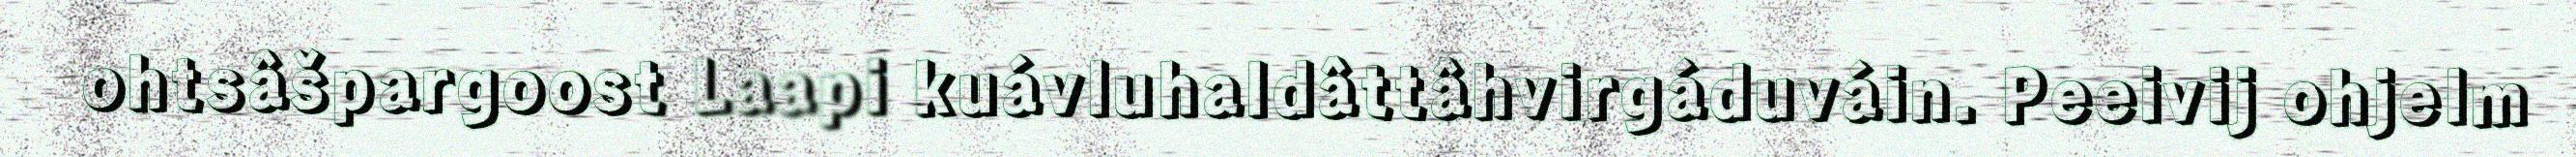
ohtsâšpargoost Laapi kuávluhaldâttâhvirgáduváin. Peeivij ohjelm